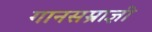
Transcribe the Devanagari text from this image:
गानसम्राज्ञी